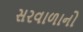
સરવાળાનો